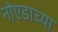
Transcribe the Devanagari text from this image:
नोएडाच्या